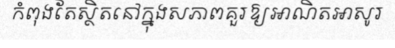
កំពុងតែស្ថិតនៅក្នុងសភាពគួរឱ្យអាណិតអាសូរ